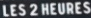
LES2HEURES